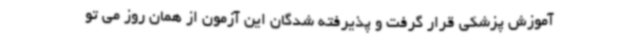
آموزش پزشکی قرار گرفت و پذیرفته شدگان این آزمون از همان روز می تو